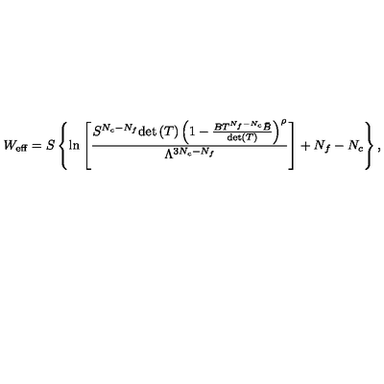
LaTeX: W _ { \mathrm { e f f } } = S \left\{ \ln \left[ \frac { S ^ { N _ { c } - N _ { f } } \mathrm { d e t } \left( T \right) \left( 1 - \frac { B T ^ { N _ { f } - N _ { c } } \bar { B } } { \mathrm { d e t } ( T ) } \right) ^ { \rho } } { \Lambda ^ { 3 N _ { c } - N _ { f } } } \right] + N _ { f } - N _ { c } \right\} ,